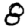
Digit: 8